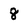
Character: 8